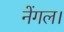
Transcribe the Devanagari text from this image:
नेंगल।